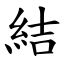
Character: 結